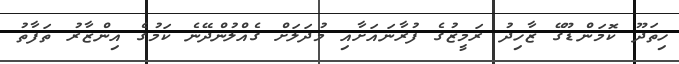
ހިތަދޫ ކޮމަންޑޫގޭ ޒާހިދު ރަމީޒުގެ ފުރާނައަށާއި މުދަލަށް ގެއްލުންދޭނެ ކަމުގެ އިންޒާރު ތަފާތު